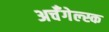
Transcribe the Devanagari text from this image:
अर्चँगेल्स्क